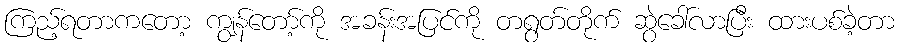
ကြည့်ရတာကတော့ ကျွန်တော့်ကို အခန်းအပြင်ကို တရွတ်တိုက် ဆွဲခေါ်လာပြီး ထားပစ်ခဲ့တာ